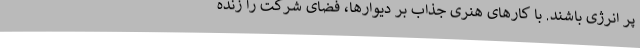
پر انرژی باشند. با کارهای هنری جذاب بر دیوارها، فضای شرکت را زنده